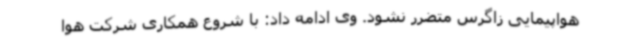
هواپیمایی زاگرس متضرر نشود. وی ادامه داد: با شروع همکاری شرکت هوا